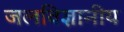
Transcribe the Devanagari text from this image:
जलविज्ञानीय